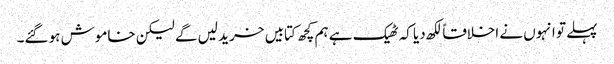
پہلے تو انہوں نے اخلاقاً لکھ دیا کہ ٹھیک ہے ہم کچھ کتابیں خرید لیں گے لیکن خاموش ہو گئے۔